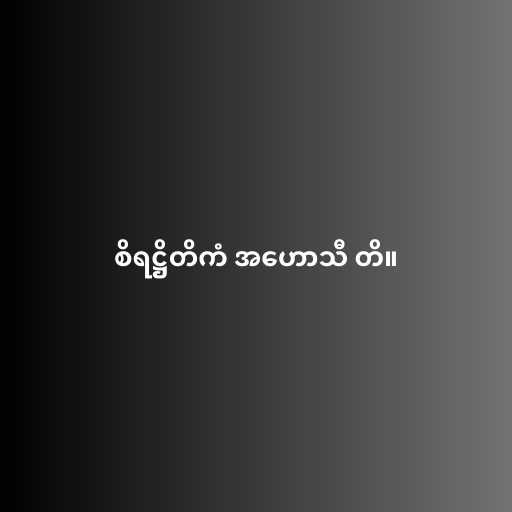
စိရဋ္ဌိတိကံ အဟောသီ တိ။